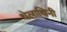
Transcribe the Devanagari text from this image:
थेलाथिनी